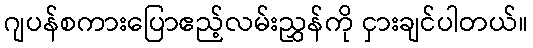
ဂျပန်စကားပြောဧည့်လမ်းညွှန်ကို ငှားချင်ပါတယ်။